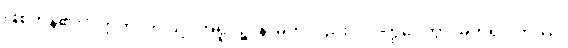
ဖြစ်ကုန်၏။” ဣတိ၊ ဤသို့။ အရူပဉ္စ၊ နာမ်ကိုလည်း။ ဝဝတ္ထပေတွာ၊ မှတ်၍။ တဿ၊